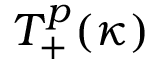
T _ { + } ^ { p } ( \kappa )